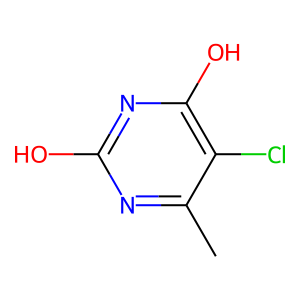
SMILES: Cc1nc(O)nc(O)c1Cl
Inhibits HIV replication: No